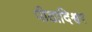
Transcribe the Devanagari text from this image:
पीठादिश्वर